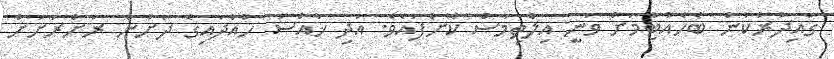
ގައިދުރުކަން ބެހެއްޓުމަށް ވަނީ އިލްތިމާސް ކޮށްފައެވެ. އަދި ޚާއްސަ ހުއްދައިގެ ދަަށުން ރަށްރަށަށް